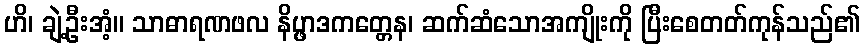
ဟိ၊ ချဲ့ဦးအံ့။ သာဓာရဏဖလ နိပ္ဖာဒကတ္တေန၊ ဆက်ဆံသောအကျိုးကို ပြီးစေတတ်ကုန်သည်၏